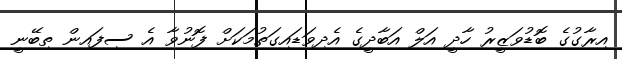
އިރާގުގެ ބޮޑުވަޒީރު ހާދީ އަލް އަބާދީގެ އެދިވަޑައިގަތުމަކަށް ފޮނުވާ އެ ސިފައިން ތިބޭނީ